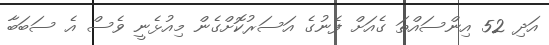
އަދި 52 އިންސައްތަ ގެއަށް ފެނުގެ އަސަރުކޮށްގެން މިއުޅެނީ ވެސް އެ ސަބަބާ